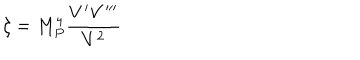
\xi = M _ { P } ^ { 4 } \frac { V ^ { \prime } V ^ { \prime \prime \prime } } { V ^ { 2 } }